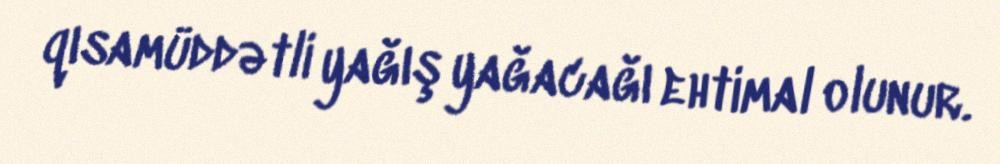
qısamüddətli yağış yağacağı ehtimal olunur.